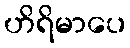
ဟိရိမာပေ